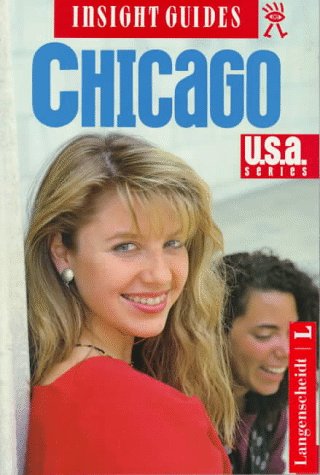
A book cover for Insight Guide Chicago; Travel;